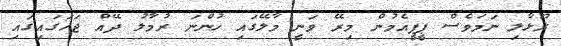
ރޫޅާލި ނަމަވެސް ޕީޕީއެމުން މިރޭ ވަނީ މާލޭގައި ހުންނަ ރުމާލު ދޭއް ޖަހަގައިގައި